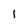
Character: 1